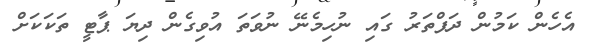
އެހެން ކަމުން ދަފްތަރު ގައި ނުހިމެނޭ ނުވަތަ އުވިގެން ދިޔަ ޕާޓީ ތަކަކަށް